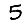
Digit: 5